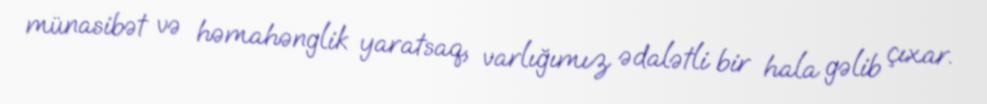
münasibət və həmahənglik yaratsaq, varlığımız ədalətli bir hala gəlib çıxar.